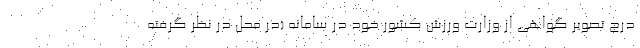
درج تصویر گواهی از وزارت ورزش کشور خود در سامانه (در محل در نظر گرفته